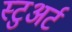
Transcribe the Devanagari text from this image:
स्‍टुअर्ट